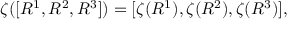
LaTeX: \zeta ( [ R ^ { 1 } , R ^ { 2 } , R ^ { 3 } ] ) = [ \zeta ( R ^ { 1 } ) , \zeta ( R ^ { 2 } ) , \zeta ( R ^ { 3 } ) ] ,